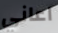
اعاني